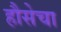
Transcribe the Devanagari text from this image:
हौसेचा